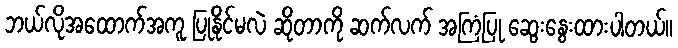
ဘယ်လိုအထောက်အကူ ပြုနိုင်မလဲ ဆိုတာကို ဆက်လက် အကြံပြု ဆွေးနွေးထားပါတယ်။